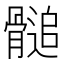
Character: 𩪀